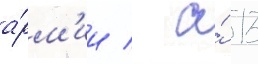
а́рм'ии / а́ 13